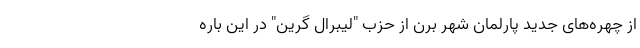
از چهره‌های جدید پارلمان شهر برن از حزب "لیبرال گرین" در این باره